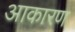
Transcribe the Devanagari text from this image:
आकारण